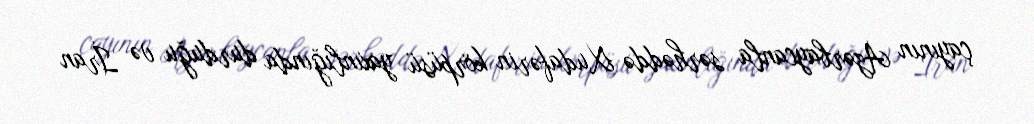
çayının Azərbaycanla sərhəddə Xudafərin körpüsü yaxınlığında durduğu və İran